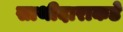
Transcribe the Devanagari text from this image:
साथीदाराकडे